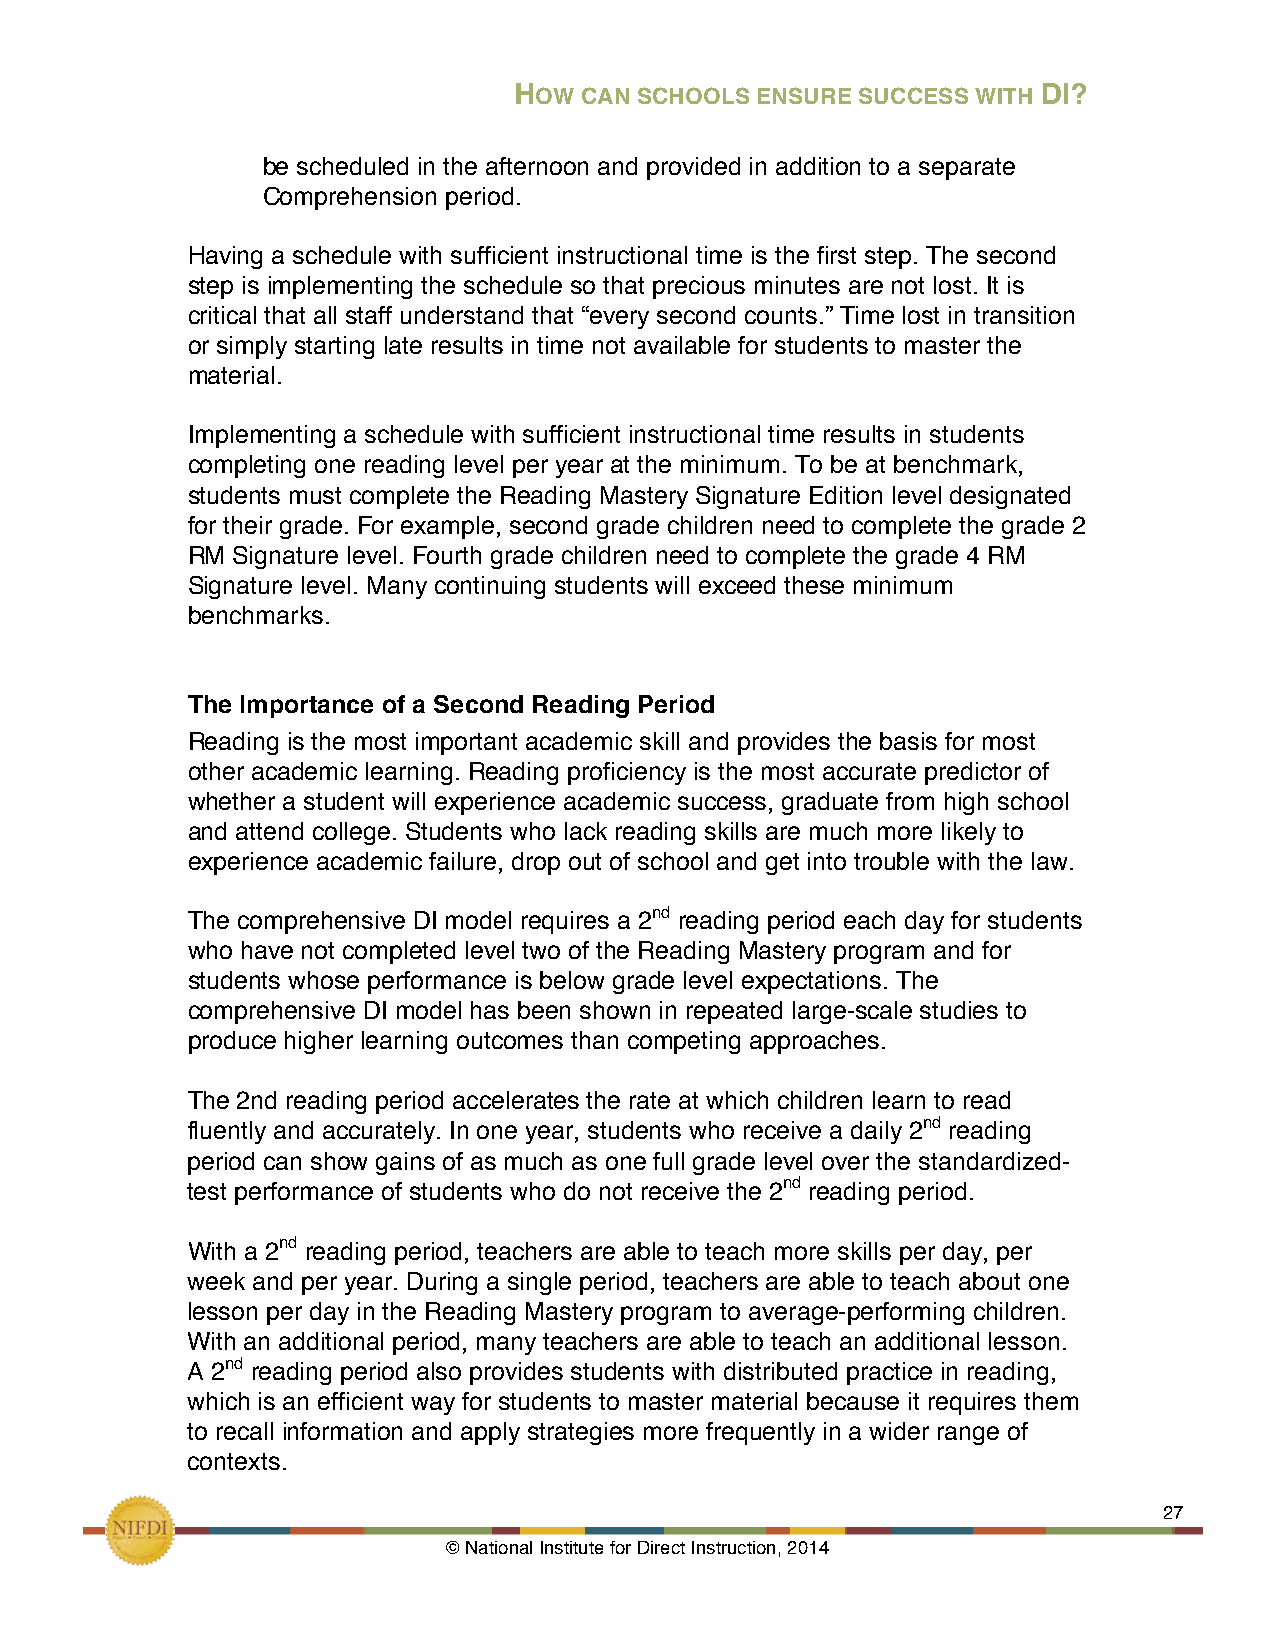
HOW CAN SCHOOLS ENSURE SUCCESS WITH DI?
 be scheduled in the afternoon and provided in addition to a separate
 Comprehension period.
 Having a schedule with sufficient instructional time is the first step. The second
 step is implementing the schedule so that precious minutes are not lost. It is
 critical that all staff understand that “every second counts.” Time lost in transition
 or simply starting late results in time not available for students to master the
 material.
 Implementing a schedule with sufficient instructional time results in students
 completing one reading level per year at the minimum. To be at benchmark,
 students must complete the Reading Mastery Signature Edition level designated
 for their grade. For example, second grade children need to complete the grade 2
 RM Signature level. Fourth grade children need to complete the grade 4 RM
 Signature level. Many continuing students will exceed these minimum
 benchmarks.
 The Importance of a Second Reading Period
 Reading is the most important academic skill and provides the basis for most
 other academic learning. Reading proficiency is the most accurate predictor of
 whether a student will experience academic success, graduate from high school
 and attend college. Students who lack reading skills are much more likely to
 experience academic failure, drop out of school and get into trouble with the law.
 The comprehensive DI model requires a 2nd reading period each day for students
 who have not completed level two of the Reading Mastery program and for
 students whose performance is below grade level expectations. The
 comprehensive DI model has been shown in repeated large-scale studies to
 produce higher learning outcomes than competing approaches.
 The 2nd reading period accelerates the rate at which children learn to read
 fluently and accurately. In one year, students who receive a daily 2nd reading
 period can show gains of as much as one full grade level over the standardized-
 test performance of students who do not receive the 2nd reading period.
 With a 2nd reading period, teachers are able to teach more skills per day, per
 week and per year. During a single period, teachers are able to teach about one
 lesson per day in the Reading Mastery program to average-performing children.
 With an additional period, many teachers are able to teach an additional lesson.
 A 2nd reading period also provides students with distributed practice in reading,
 which is an efficient way for students to master material because it requires them
 to recall information and apply strategies more frequently in a wider range of
 contexts.
 !                                                             27
 © National Institute for Direct Instruction, 2014!